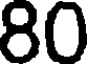
80